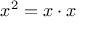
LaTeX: x ^ { 2 } = x \cdot x